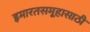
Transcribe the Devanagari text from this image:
इमारतसमूहासाठी